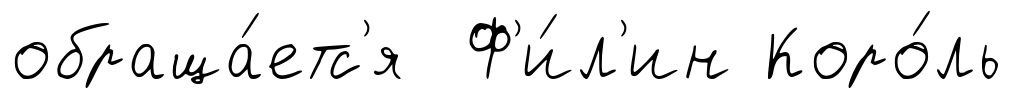
обраща́етс'я Ф'и́л'ин Коро́ль